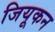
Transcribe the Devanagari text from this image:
जियूकन